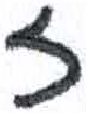
אות: ז